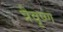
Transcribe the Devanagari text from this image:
त्रैवृष्ण